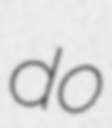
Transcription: do